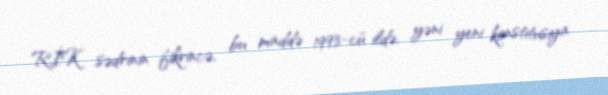
RİK sədrinin fikrincə, bu maddə 1993-cü ildə, yəni yeni konstitusiya